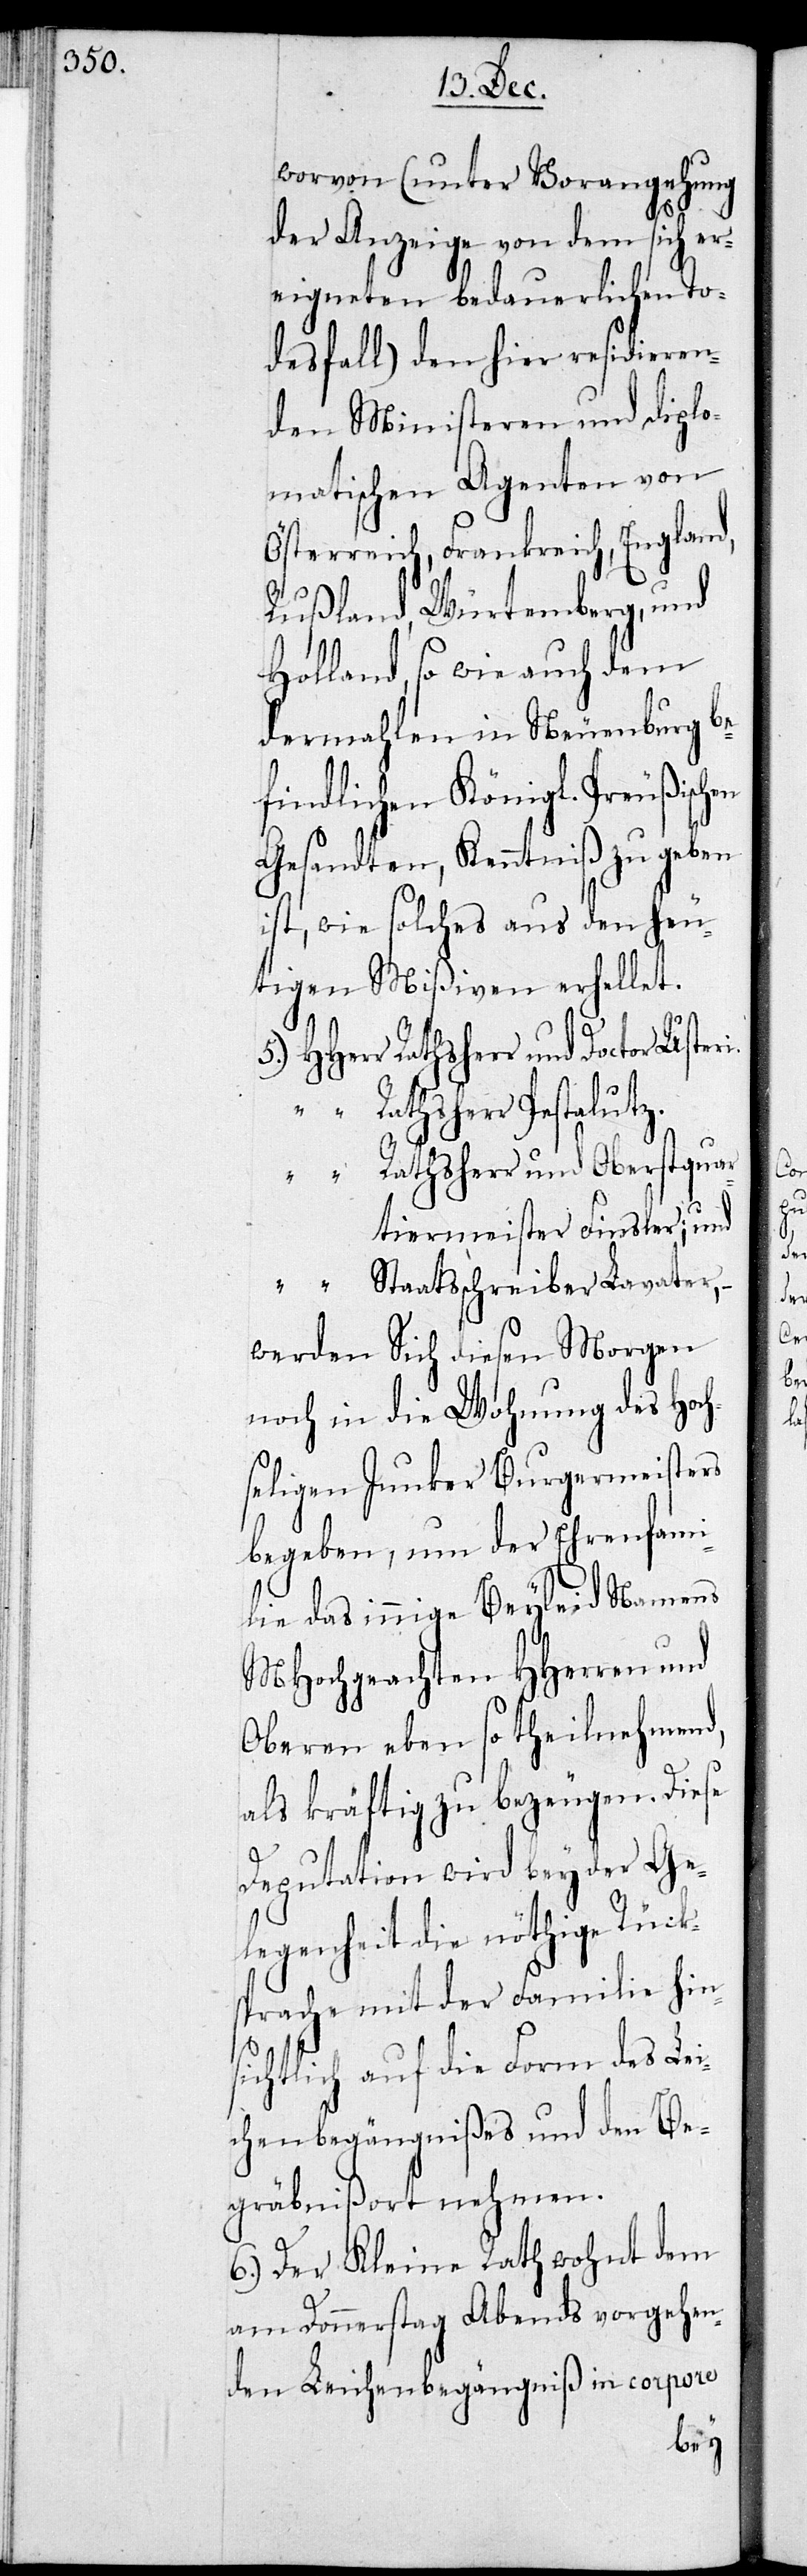
worvon (unter Vorangehung
der Anzeige von dem sich er¬
eigneten bedauerlichen To¬
desfall) den hier residieren¬
den Ministeren und diplo¬
matischen Agenten von
Österreich, Frankreich, England,
Rußland, Würtemberg und
Holland, so wie auch dem
dermahlen in Neuenburg be¬
findlichen Königl. Preußisc¬
Gesandten, Kenntniß zu geben
ist, wie solches aus den heu¬
tigen Mißiven erhellet.
HHerr Rathsherr und Doctor Usteri.
“ Rathsherr Pestalutz.
“ Rathsherr und Oberstquar¬
tiermeister Finsler; und
“ Staatsschreiber Lavater,
werden Sich diesen Morgen
noch in die Wohnung des Hoch¬
seligen Junker Burgermeister
begeben, um der Ehrenfami¬
lie das innige Beyleid Namens
MHochgeachten HHerren und
Oberen eben so theilnehmend,
als kräftig zu bezeugen. Diese
Deputation wird bey der Ge¬
legenheit die nöthige Rück¬
sprache mit der Familie hin¬
sichtlich auf die Forma des Lei¬
chenbegängnißes und den Be¬
gräbnißort nehmen.
6.) Der Kleine Rath wohnt dem
am Donnerstag Abends vorgehen¬
den Leichenbegängniß in corpore
hen